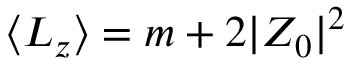
\langle L _ { z } \rangle = m + 2 | Z _ { 0 } | ^ { 2 }